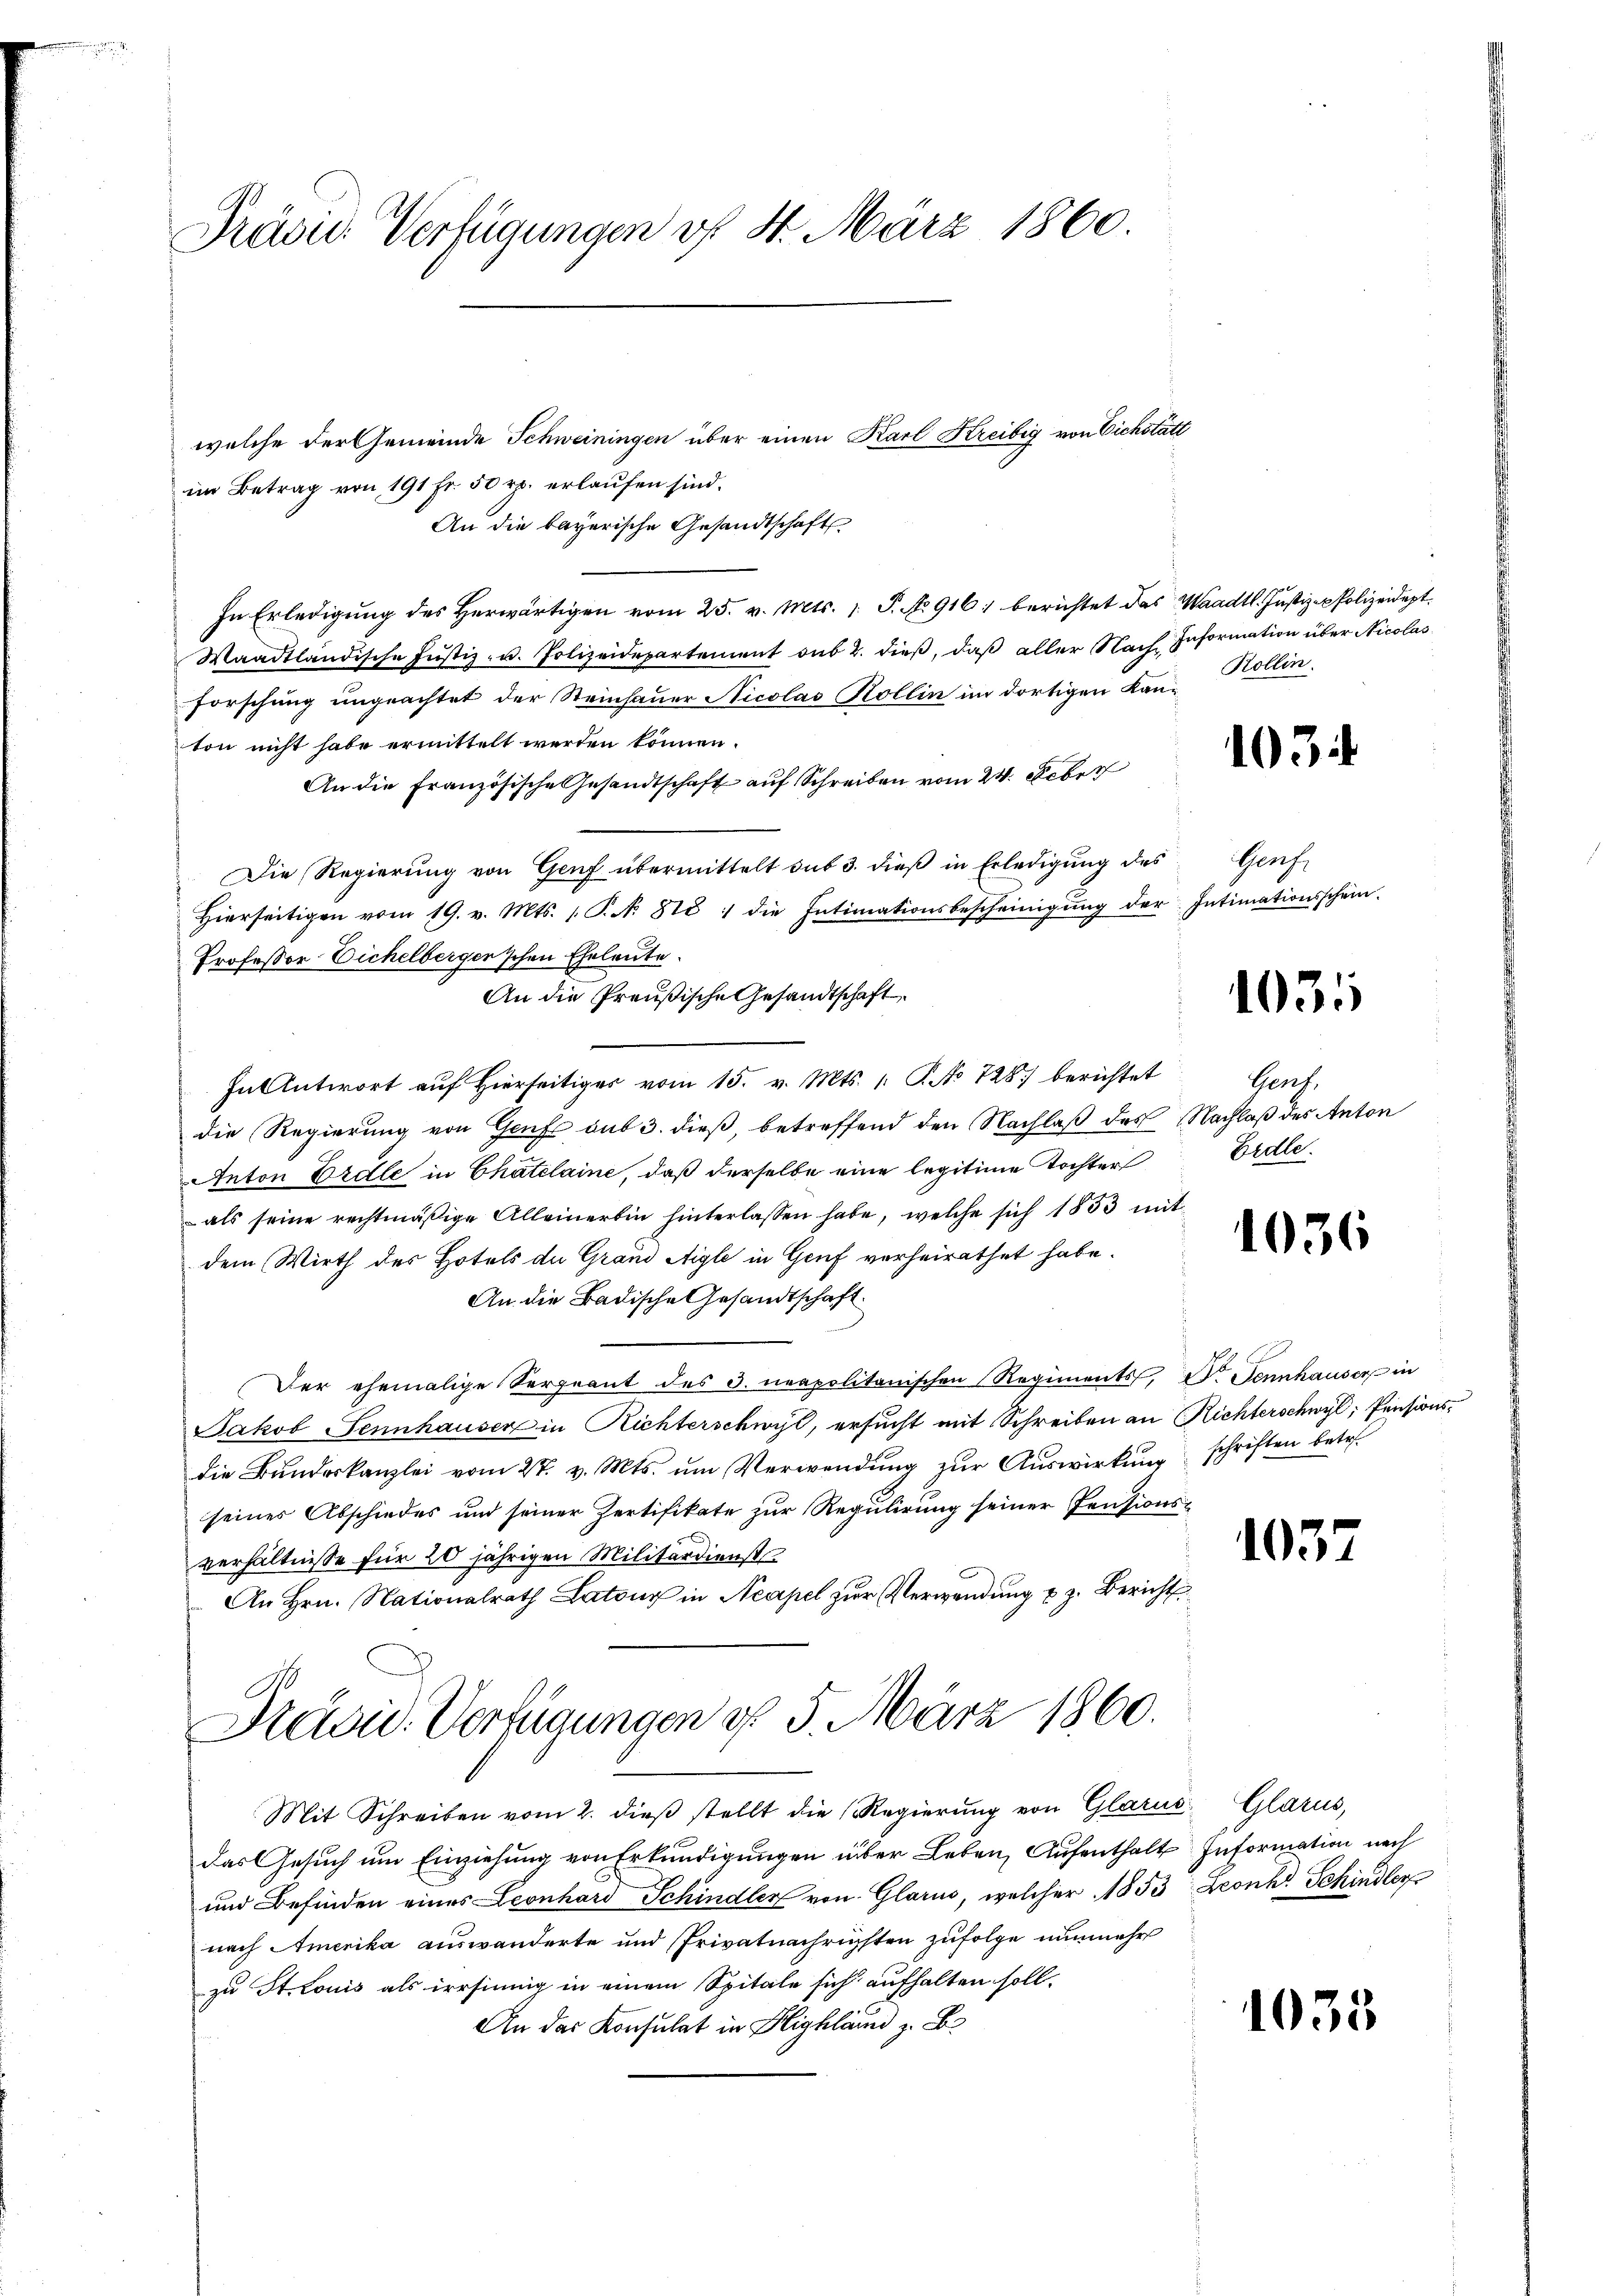
welche der Gemeinde Schweiningen über einen Karl Kreibig von Eichstätt
im Betrag von 191 fr. 50 rp. erlaufen sind.
An die bayerische Gesandtschaft
In Erledigung des herwärtigen vom 25. v. Mts. 1. P. No 916: berichtet das Waadt. Justiz-Polizeidept.
Waadtländische Justiz- u. Polizeidepartement sub 2. dieß, daß aller Nach Information über Nicolas
forschung ungeachtet der Steinhauer Nicolas Kollin im dortigen Kanton nicht habe ermittelt werden können.
An die Französische Gesandtschaft auf Schreiben vom 24. Feber
Die Regierŭng von Genf übermittelt sub 3. dieβ in Erledigŭng des Genf
Hierseitigen vom 19. v. Mts. (T. N. 818 : die Intimationsbescheinigŭng der Intimationsschein.
Professor Eichelberger'schen Eheleute.
An die Preußische Gesandtschaft
In Antwort aŭf hierseitiges vom 15. v. Mts. 1. P. No 728) berichtet Genf,
die Regierung von Genf sub 3. dieß, betreffend den Nachlaß des Nachlaß des Anton
Anton Biele in Chatelaine, daß derselbe eine legitime Tochter
als seine rechtmäßige Alleinerbin hinterlassen habe, welche sich 1833 mit
dem Wirth des Hotels de Grand Aigle in Genf verheirathet habe.
An die Badische Gesandtschaft.
Der ehemalige Sergnant des 3. neapolitanischen Regiments, Dr. Sennhauser in
Jakob Sennhauser in Richterschwyl, ersucht mit Schreiben an Richterschwyl, Pensionsdie Bundeskanzlei vom 27. v. Mts. um Verwendung zur Auswirkung schriften betr.
seines Abschiedes und seiner Zertifikate zur Regulirung seiner Pensions-
verhältnisse für 20 jährigen Militärdienst
An Hrn. Nationalrath Latons in Neapel zur Verwendung u. z. Bericht
Drei Verfügungen d. 5. März 1860.
Mit Schreiben vom 2. dieβ stellt die Regierŭng von Glarus, Glarus,
das Gesuch um Einziehung von Erkundigungen über Leben, Aufenthalt Information nach
und Befinden eines Leonhard Schindler von Glarus, welcher 1853 Leonh Schindler
nach Amerika auswanderte und Privatnachriften zufolge nunmehr
zu St. Louis als irrsinnig in einem Spitale sich aufhalten soll.
An das Konsulat in Highland z. B.

Prävu Verfügungen vf 4. März 1860

Rollin.

103

103

Erdle.

1036

1037

1035